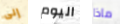
إلى اليوم ماذا